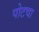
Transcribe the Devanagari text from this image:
पोटचा